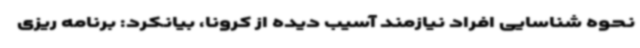
نحوه شناسایی افراد نیازمند آسیب دیده از کرونا، بیانکرد: برنامه ریزی